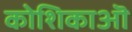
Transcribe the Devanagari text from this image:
कोशिकाऒ